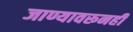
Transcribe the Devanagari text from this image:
जाण्यावरूनही